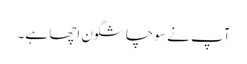
آپ نے سوچا شگون اچھا ہے۔